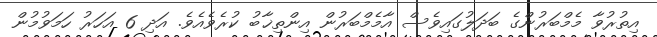
އިތުރުވާ މެމްބަރުންގެ ބަދަލުގައިވެސް އާމެމްބަރުން އިންތިޚާބު ކުރެވެއެވެ. އަދި 6 އަހަރު ހަމަވުމުން